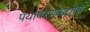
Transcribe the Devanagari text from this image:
पर्यावरणवाद्यांचे